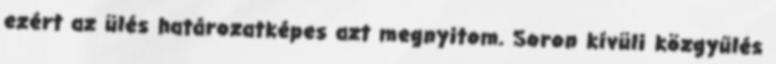
ezért az ülés határozatképes azt megnyitom. Soron kívüli közgyűlés